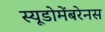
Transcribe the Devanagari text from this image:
स्यूडोमेंबरेनस